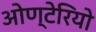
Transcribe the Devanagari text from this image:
ओण्टेरियो